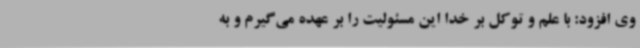
وی افزود: با علم و توکل بر خدا این مسئولیت را بر عهده می‌گیرم و به